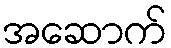
အဆောက်